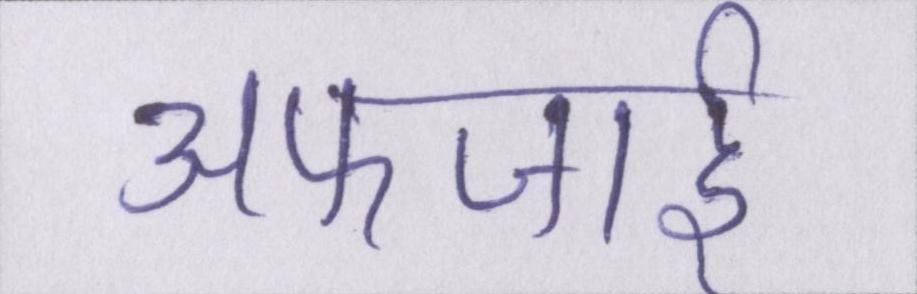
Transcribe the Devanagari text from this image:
अफजाई